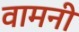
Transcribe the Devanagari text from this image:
वामनी